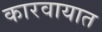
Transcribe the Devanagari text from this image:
कारवायात